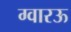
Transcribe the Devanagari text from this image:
ग्वारऊ